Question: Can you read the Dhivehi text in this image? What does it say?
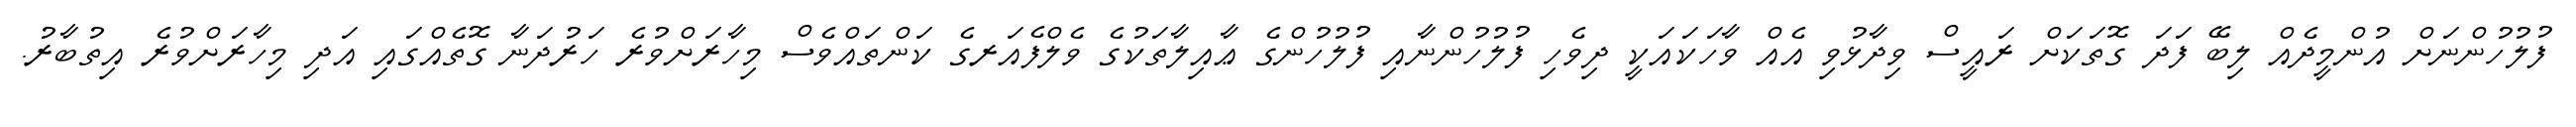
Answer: ފުލުހުންނަށް އުންމީދެއް ލިބޭ ފަދަ ގޮތަކަށް ރައީސް ވިދާޅުވި އެއް ވާހަކައަކީ ދިވެހި ފުލުހުންނާއި ފުލުހުންގެ ޢާއިލާތަކުގެ ވެލްފެއަރގެ ކަންތައްވެސް މިހާރަށްވުރެ ހަރުދަނާ ގޮތެއްގައި އަދި މިހާރަށްވުރެ އިތުބާރު.